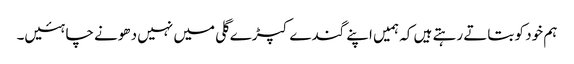
ہم خود کو بتاتے رہتے ہیں کہ ہمیں اپنے گندے کپڑے گلی میں نہیں دھونے چاہئیں۔